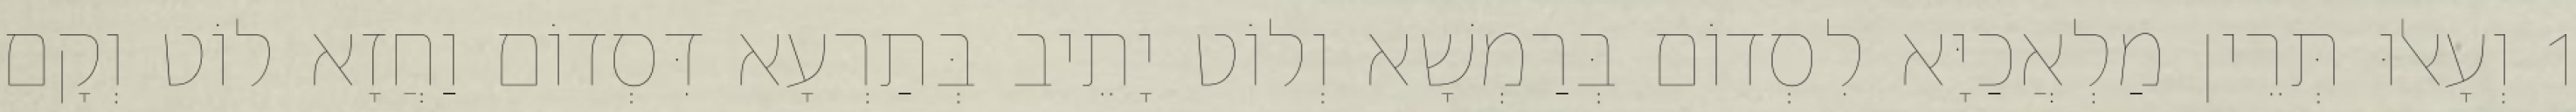
1 וְעָאלוּ תְּרֵין מַלְאֲכַיָּא לִסְדוֹם בְּרַמְשָׁא וְלוֹט יָתֵיב בְּתַרְעָא דִּסְדוֹם וַחֲזָא לוֹט וְקָם